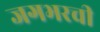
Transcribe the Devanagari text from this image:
जगभरची